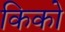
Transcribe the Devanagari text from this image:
किको